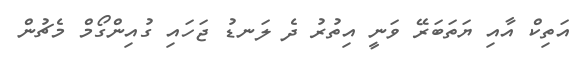
އަތިކް އާއި ޔަތަބަރޭ ވަނީ އިތުރު ދެ ލަނޑު ޖަހައި ގުއިންގޯމް މެޗުން